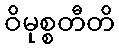
ဝိမုစ္စတီတိ